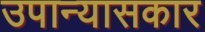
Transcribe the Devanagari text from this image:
उपान्यासकार